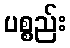
ပစ္စည်း